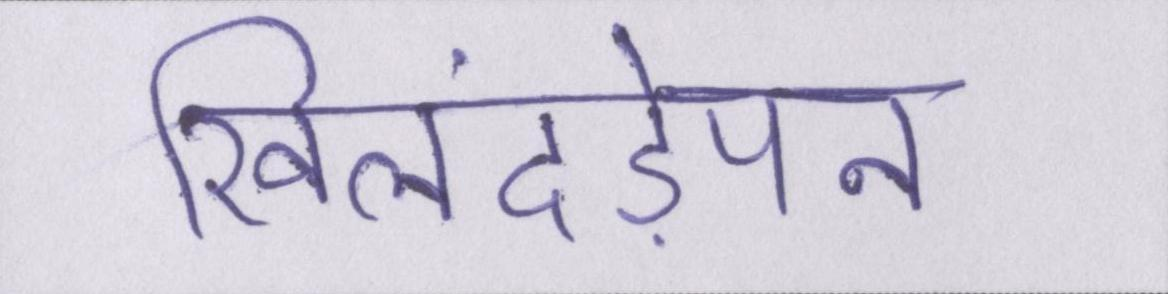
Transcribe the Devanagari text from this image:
खिलंदड़ेपन